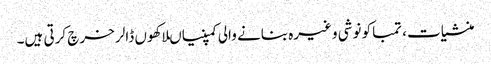
منشیات، تمباکو نوشی وغیرہ بنانے والی کمپنیاںلاکھوں ڈالر خرچ کرتی ہیں۔